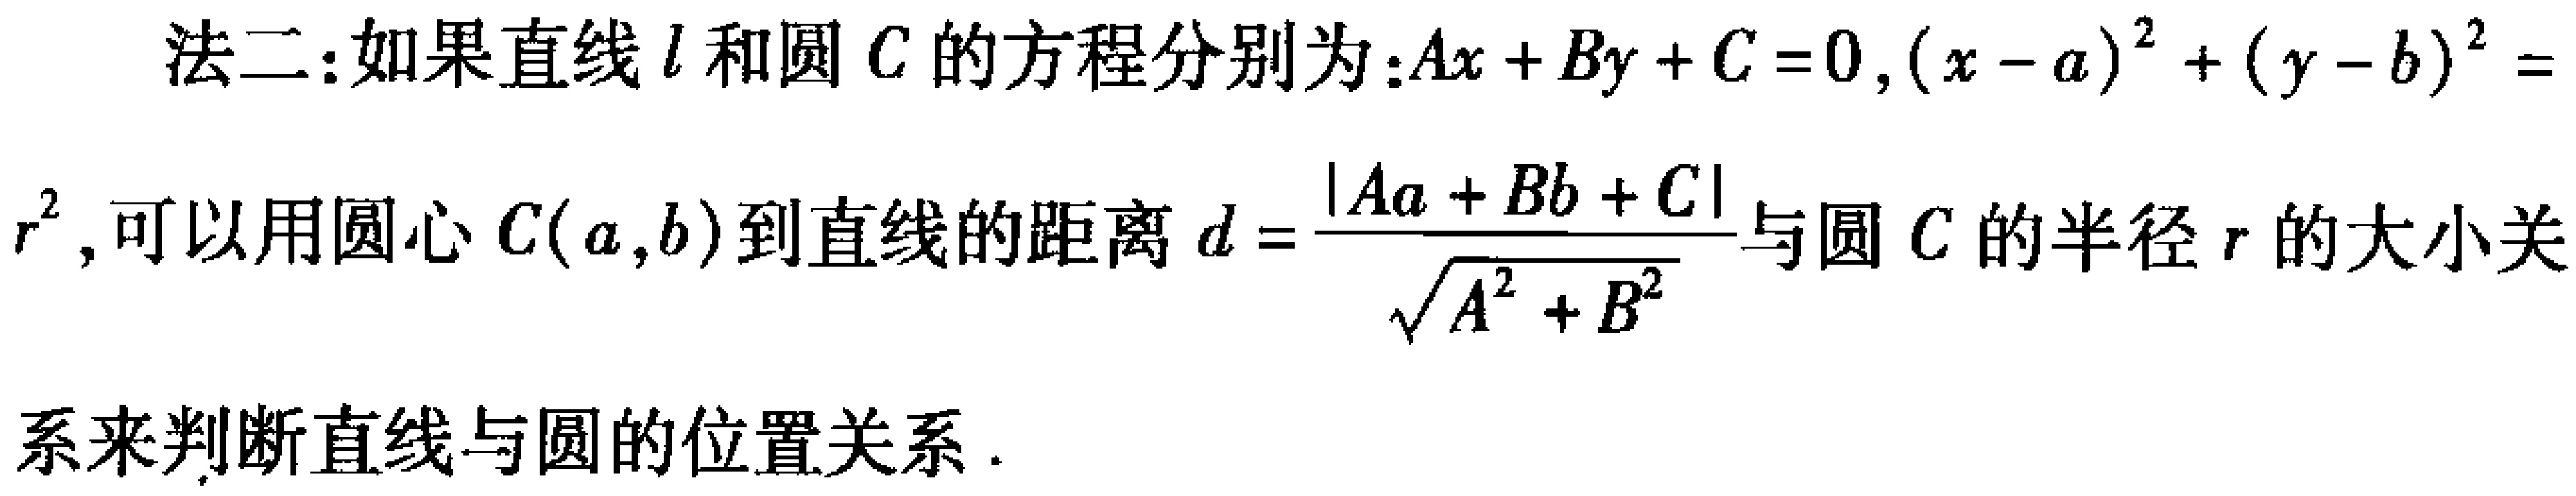
法二：如果直线\(l\)和圆\(C\)的方程分别为：\(Ax + By + C = 0\)，\((x - a)^{2} + (y - b)^{2} = r^{2}\)，可以用圆心\(C(a,b)\)到直线的距离\(d = \frac{\vert Aa + Bb + C\vert}{\sqrt{A^{2} + B^{2}}}\)与圆\(C\)的半径\(r\)的大小关系来判断直线与圆的位置关系.